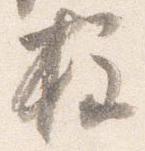
柱